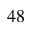
_ { 4 8 }